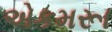
એકમરૂા